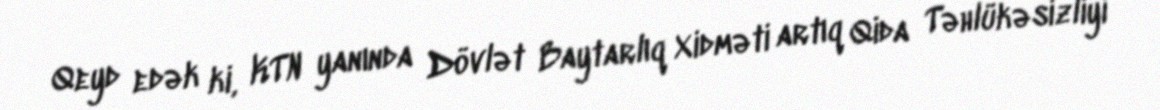
Qeyd edək ki, KTN yanında Dövlət Baytarlıq Xidməti artıq Qida Təhlükəsizliyi